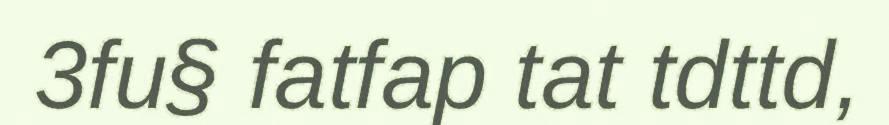
3fu§ fatfap tat tdttd,